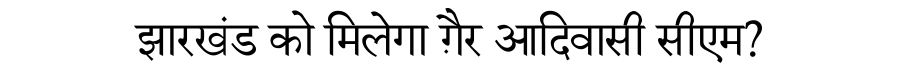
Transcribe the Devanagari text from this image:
झारखंड को मिलेगा ग़ैर आदिवासी सीएम?